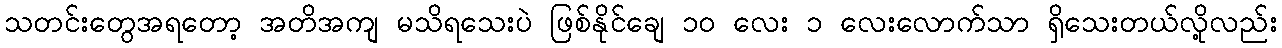
သတင်းတွေအရတော့ အတိအကျ မသိရသေးပဲ ဖြစ်နိုင်ချေ ၁၀ လေး ၁ လေးလောက်သာ ရှိသေးတယ်လို့လည်း